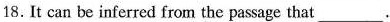
18.It can be inferred from the passage that ___.